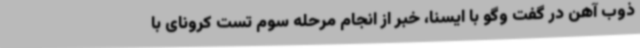
ذوب آهن در گفت وگو با ایسنا، خبر از انجام مرحله سوم تست کرونای با